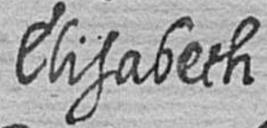
Elisabeth